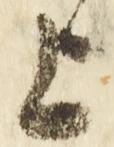
上